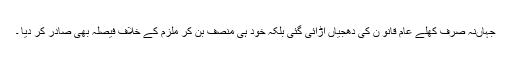
جہاںنہ صرف کھلے عام قانو ن کی دھجیاں اڑائی گئی بلکہ خود ہی منصف بن کر ملزم کے خلاف فیصلہ بھی صادر کر دیا ۔